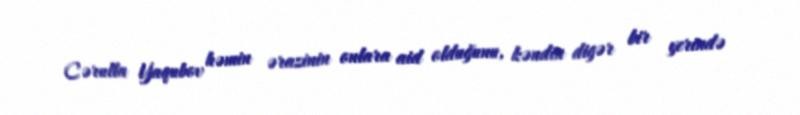
Cərulla Yaqubov həmin ərazinin onlara aid olduğunu, kəndin digər bir yerində